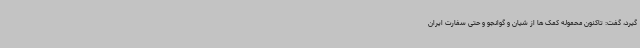
گیرد، گفت: تاکنون محموله کمک ها از شیان و گوانجو و حتی سفارت ایران